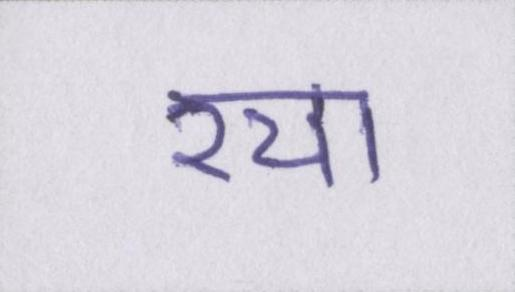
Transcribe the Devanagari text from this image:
रचा